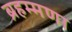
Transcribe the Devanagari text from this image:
ब्रहम्मणा